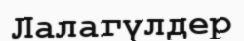
Лалагүлдер